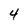
Character: 4